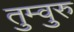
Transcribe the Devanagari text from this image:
तुम्वुरु